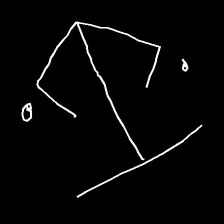
Glyph: earth